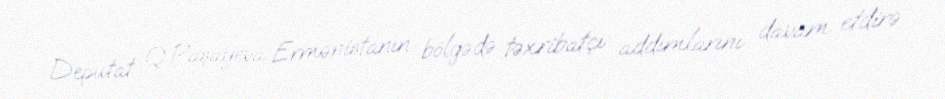
Deputat Q.Paşayeva Ermənistanın bölgədə təxribatçı addımlarını davam etdirə